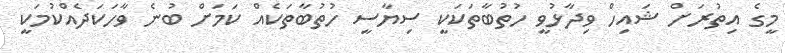
މީގެ އިތުރަށް ޝައިހް ވިދާޅުވީ ހުތުބާތަކަކީ ސިޔާސީ ހުތުބާތަކެއް ކަމަށް ބުނެ ވާހަކަދެއްކުމަކީ